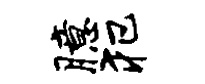
臆犯